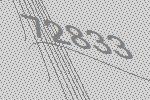
72833